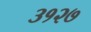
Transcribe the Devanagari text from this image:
३१२७